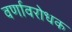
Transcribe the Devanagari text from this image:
वर्णावरोधक